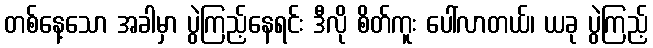
တစ်နေ့သော အခါမှာ ပွဲကြည့်နေရင်း ဒီလို စိတ်ကူး ပေါ်လာတယ်၊ ယခု ပွဲကြည့်